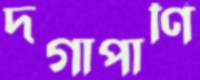
দগাপাণি